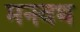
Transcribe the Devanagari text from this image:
मनवथ